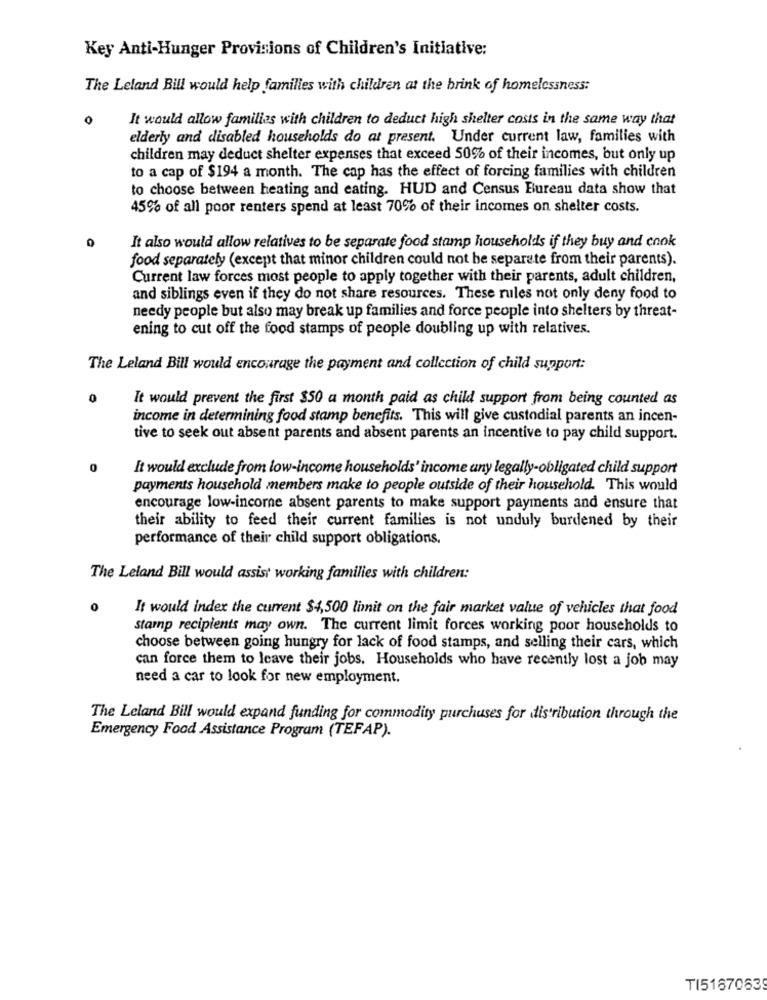
Key Anti-Hunger Provisions of Children's Initiative:
The Leland Bill would help families with children at the brink of homelessness:
It would allow families with children to deduct high shelter costs in the same way that
elderly and disabled households do at present. Under current law, families with
children may deduct shelter expenses that exceed 50% of their incomes, but only up
to a cap of $194 a month. The cap has the effect of forcing families with children
to choose between heating and eating. HUD and Census Bureau data show that
45% of all poor renters spend at least 70% of their incomes on shelter costs.
0
It also would allow relatives to be separate food stamp households if they buy and cook
food separately (except that minor children could not be separate from their parents).
Current law forces most people to apply together with their parents, adult children,
and siblings even if they do not share resources. These rules not only deny food to
needy people but also may break up families and force people into shelters by threat-
ening to cut off the food stamps of people doubling up with relatives.
The Leland Bill would encourage the payment and collection of child support:
It would prevent the first $50 a month paid as child support from being counted as
income in determining food stamp benefits. This will give custodial parents an incen-
tive to seek out absent parents and absent parents an incentive to pay child support.
It would exclude from low-income households' income any legally-obligated child support
payments household members make to people outside of their household. This would
encourage low-income absent parents to make support payments and ensure that
their ability to feed their current families is not unduly burdened by their
performance of their child support obligations.
The Leland Bill would assist working families with children:
0
It would index the current $4,500 limit on the fair market value of vehicles that food
stamp recipients may own. The current limit forces working poor households to
choose between going hungry for lack of food stamps, and selling their cars, which
can force them to leave their jobs. Households who have recently lost a job may
need a car to look for new employment.
The Leland Bill would expand funding for commodity purchases for distribution through the
Emergency Food Assistance Program (TEFAP).
T151670639